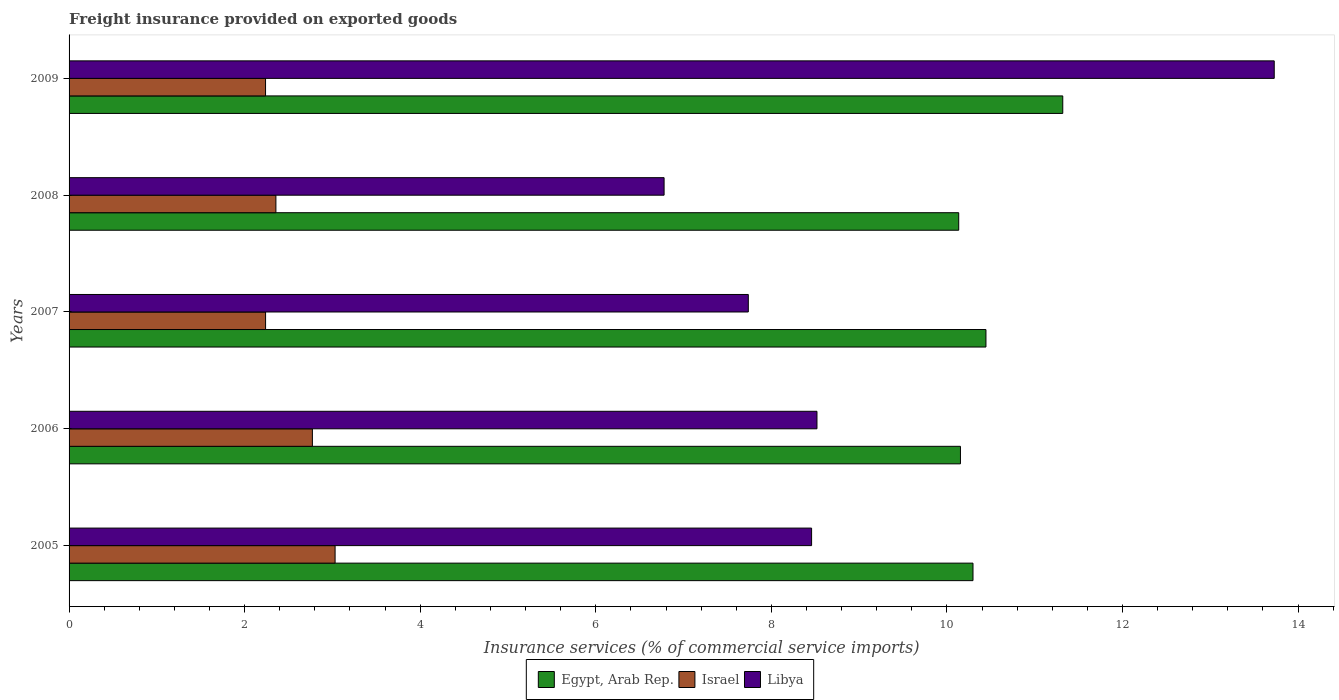
| Years | Egypt, Arab Rep. | Israel | Libya |
 | --- | --- | --- | --- |
 | 2005 | 10.3 | 3.03 | 8.46 |
 | 2006 | 10.2 | 2.77 | 8.52 |
 | 2007 | 10.4 | 2.24 | 7.74 |
 | 2008 | 10.1 | 2.36 | 6.78 |
 | 2009 | 11.3 | 2.24 | 13.7 |